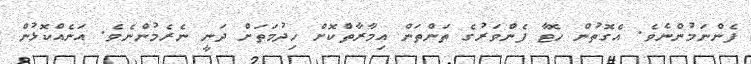
ފެންނަމުންނެވެ. އެގޮތުން ހޮޓާ ފެންވަރުގެ ތަންތަން އިމާރާތްކޮށް ހިދުމަތަށް ދަނީ ނެރެމުންނެވެ. އަނެއްކޮޅުން